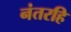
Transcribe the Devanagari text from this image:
नंतरहि